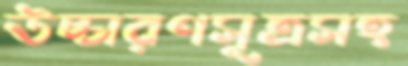
উচ্চারণসূত্রসহ